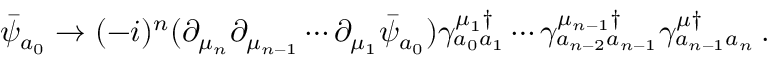
\bar { \psi } _ { a _ { 0 } } \rightarrow ( - i ) ^ { n } ( \partial _ { \mu _ { n } } \partial _ { \mu _ { n - 1 } } \cdots \partial _ { \mu _ { 1 } } \bar { \psi } _ { a _ { 0 } } ) \gamma _ { a _ { 0 } a _ { 1 } } ^ { \mu _ { 1 } \dagger } \cdots \gamma _ { a _ { n - 2 } a _ { n - 1 } } ^ { \mu _ { n - 1 } \dagger } \gamma _ { a _ { n - 1 } a _ { n } } ^ { \mu \dagger } \, .